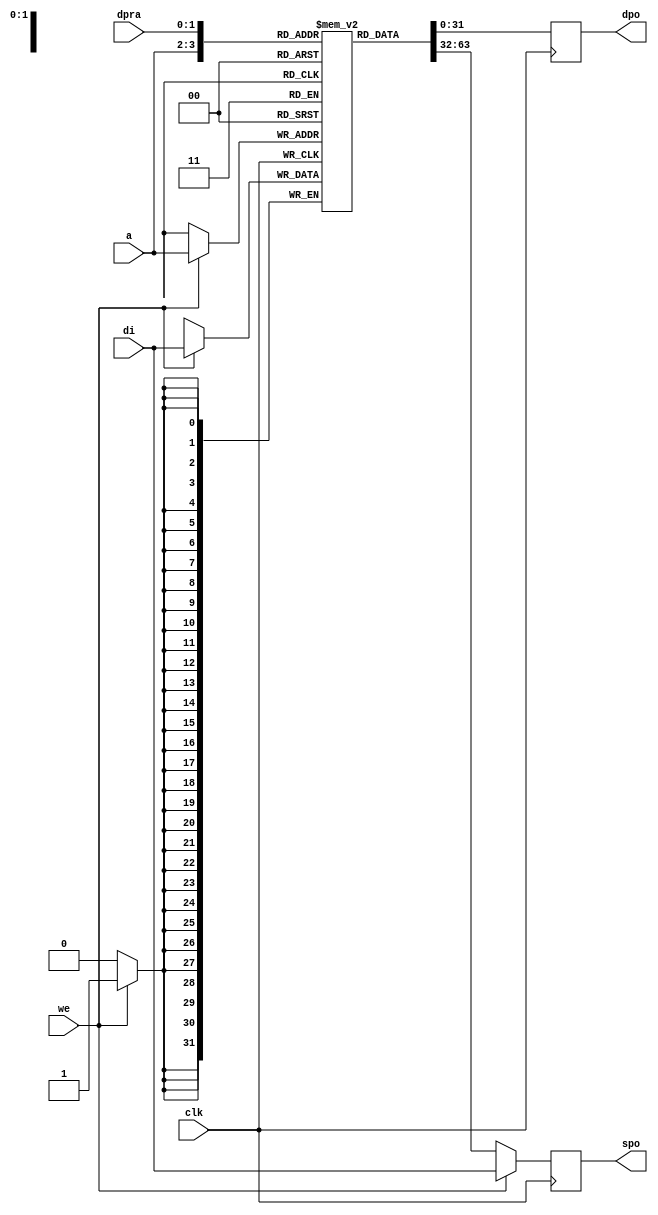
// This program was cloned from: https://github.com/Kenji-Ishimaru/polyphony
// License: MIT License

//=======================================================================
//                        Project Polyphony
//
// File:
//   fm_cmn_bram_01.v
//
// Abstract:
//   Dualport RAM, which will be mapped onto block ram
//
//  Created:
//    20 October 2008
//
// Copyright (c) 2008  Kenji Ishimaru, All rights reserved.
//
//======================================================================
//  Revision History

// synthesis attribute ram_style of fm_cmn_bram_01 is block;

module fm_cmn_bram_01 (
    clk,
    we,
    a,
    dpra,
    di,
    spo,
    dpo
 );

//////////////////////////////////
// parameter
//////////////////////////////////
    parameter P_WIDTH = 32;
    parameter P_RANGE = 2;
    parameter P_DEPTH = 1 << P_RANGE;
//////////////////////////////////
// I/O port definition
//////////////////////////////////
    input                clk;
    input                we;
    input  [P_RANGE-1:0] a;
    input  [P_RANGE-1:0] dpra;
    input  [P_WIDTH-1:0] di;
    output [P_WIDTH-1:0] spo;
    output [P_WIDTH-1:0] dpo;

//////////////////////////////////
// reg 
//////////////////////////////////
    reg [P_WIDTH-1:0] ram [P_DEPTH-1:0];
    reg [P_WIDTH-1:0] spo;
    reg [P_WIDTH-1:0] dpo;

//////////////////////////////////
// always
//////////////////////////////////
    // port A: write-first
    always @(posedge clk) begin
        if (we) begin
            ram[a] <= di;
            spo <= di;
        end else begin
            spo <= ram[a];
        end
    end

    // port B: read-first
    always @(posedge clk) begin
        dpo <= ram[dpra];
    end
   
endmodule